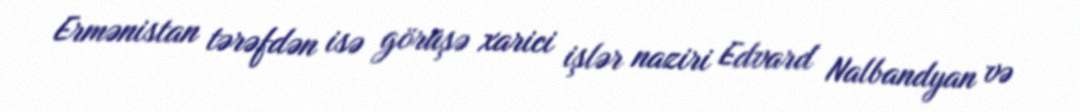
Ermənistan tərəfdən isə görüşə xarici işlər naziri Edvard Nalbandyan və